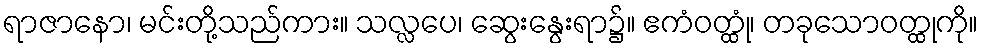
ရာဇာနော၊ မင်းတို့သည်ကား။ သလ္လပေ၊ ဆွေးနွေးရာ၌။ ဧကံဝတ္ထုံ၊ တခုသောဝတ္ထုကို။